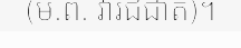
(ម.ព. វារិជជាតិ)។